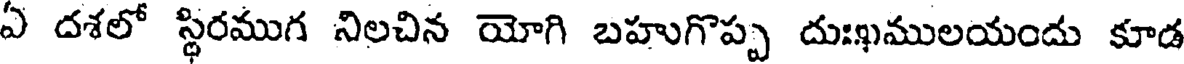
ఏ దశలో స్థిరముగ నిలచిన యోగి బహుగొప్ప దుఃఖములయందు కూడ